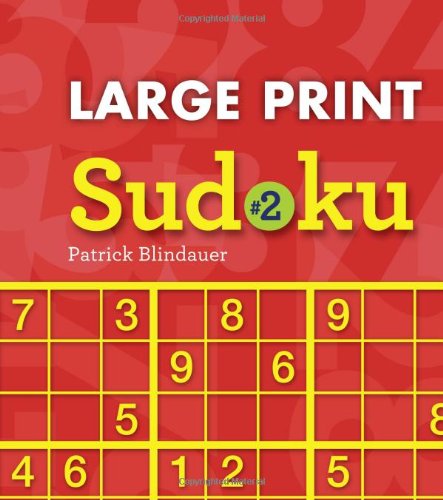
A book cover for Large Print Sudoku #2; Patrick Blindauer; Humor & Entertainment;